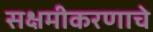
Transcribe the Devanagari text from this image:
सक्षमीकरणाचे